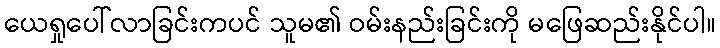
ယေရှုပေါ်လာခြင်းကပင် သူမ၏ ဝမ်းနည်းခြင်းကို မဖြေဆည်းနိုင်ပါ။